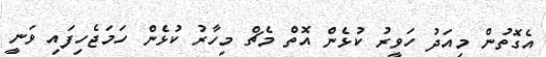
އެގޮތުން މިއަދު ހަވީރު ކުޅެން އޮތް މެޗް މިހާރު ކުޅެން ހަމަޖެހިފައި ވަނީ